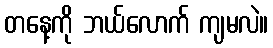
တနေ့ကို ဘယ်လောက် ကျမလဲ။